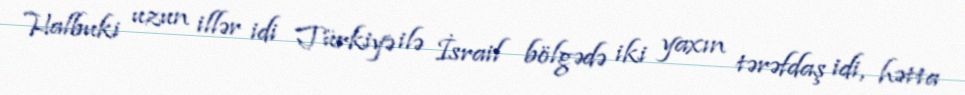
Halbuki uzun illər idi Türkiyə ilə İsrail bölgədə iki yaxın tərəfdaş idi, hətta